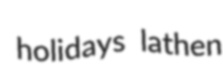
holidays lathen